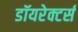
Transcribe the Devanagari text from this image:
डॉयरेक्टर्स